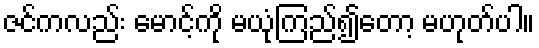
ဇင်ကလည်း မောင့်ကို မယုံကြည်၍တော့ မဟုတ်ပါ။